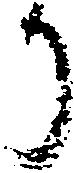
り